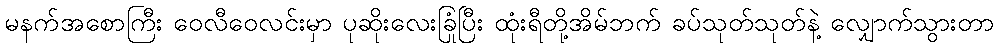
မနက်အစောကြီး ဝေလီဝေလင်းမှာ ပုဆိုးလေးခြုံပြီး ထုံးရီတို့အိမ်ဘက် ခပ်သုတ်သုတ်နဲ့ လျှောက်သွားတာ